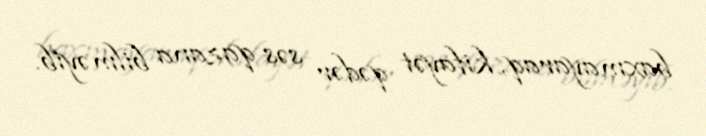
baxmayaraq, kifayət qədər səs qazana bilməyib.